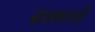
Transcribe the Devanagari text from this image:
सरकारले